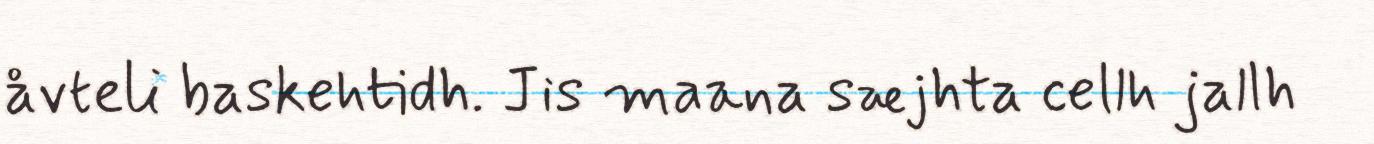
åvteli baskehtidh. Jis maana sæjhta cellh jallh